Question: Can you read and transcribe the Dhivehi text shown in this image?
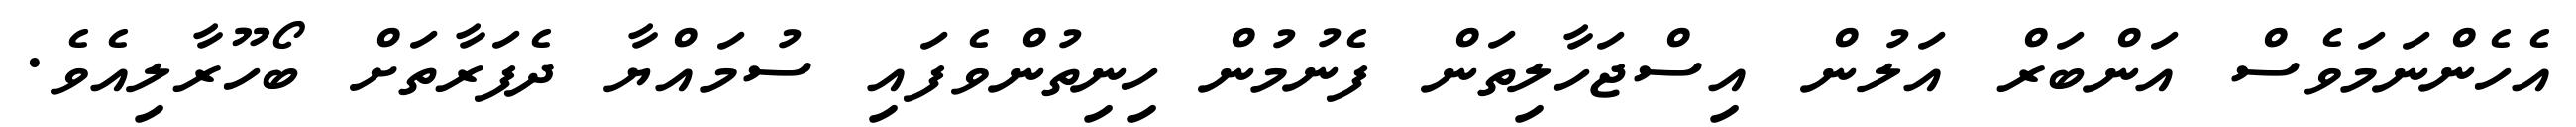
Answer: އެހެންނަމަވެސް އަންބަރް އަލުން އިސްޖަހާލިތަން ފެނުމުން ހިނިތުންވެފައި ސުމައްޔާ ދެފަރާތަށް ބޯހޫރާލިއެވެ.